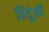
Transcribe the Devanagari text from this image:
बिंदूंनी